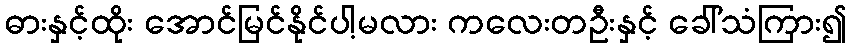
ဓားနှင့်ထိုး အောင်မြင်နိုင်ပါ့မလား ကလေးတဦးနှင့် ခေါ်သံကြား၍